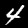
Digit: 4